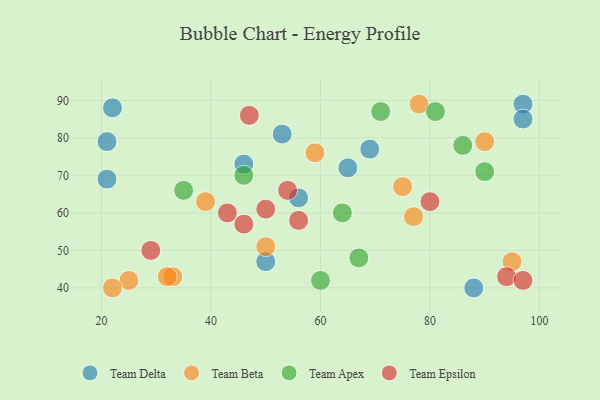
{"axis": {"x": "GDP", "y": "Life Expectancy"}, "legend": ["Team Apex", "Team Beta", "Team Delta", "Team Epsilon"], "data": [{"x": "69", "y": 77, "type": "Team Delta"}, {"x": "53", "y": 81, "type": "Team Delta"}, {"x": "21", "y": 69, "type": "Team Delta"}, {"x": "22", "y": 88, "type": "Team Delta"}, {"x": "97", "y": 89, "type": "Team Delta"}, {"x": "50", "y": 47, "type": "Team Delta"}, {"x": "88", "y": 40, "type": "Team Delta"}, {"x": "65", "y": 72, "type": "Team Delta"}, {"x": "21", "y": 79, "type": "Team Delta"}, {"x": "97", "y": 85, "type": "Team Delta"}, {"x": "46", "y": 73, "type": "Team Delta"}, {"x": "56", "y": 64, "type": "Team Delta"}, {"x": "39", "y": 63, "type": "Team Beta"}, {"x": "50", "y": 51, "type": "Team Beta"}, {"x": "75", "y": 67, "type": "Team Beta"}, {"x": "77", "y": 59, "type": "Team Beta"}, {"x": "25", "y": 42, "type": "Team Beta"}, {"x": "95", "y": 47, "type": "Team Beta"}, {"x": "33", "y": 43, "type": "Team Beta"}, {"x": "59", "y": 76, "type": "Team Beta"}, {"x": "90", "y": 79, "type": "Team Beta"}, {"x": "32", "y": 43, "type": "Team Beta"}, {"x": "22", "y": 40, "type": "Team Beta"}, {"x": "78", "y": 89, "type": "Team Beta"}, {"x": "64", "y": 60, "type": "Team Apex"}, {"x": "60", "y": 42, "type": "Team Apex"}, {"x": "86", "y": 78, "type": "Team Apex"}, {"x": "35", "y": 66, "type": "Team Apex"}, {"x": "46", "y": 70, "type": "Team Apex"}, {"x": "67", "y": 48, "type": "Team Apex"}, {"x": "90", "y": 71, "type": "Team Apex"}, {"x": "81", "y": 87, "type": "Team Apex"}, {"x": "71", "y": 87, "type": "Team Apex"}, {"x": "43", "y": 60, "type": "Team Epsilon"}, {"x": "50", "y": 61, "type": "Team Epsilon"}, {"x": "56", "y": 58, "type": "Team Epsilon"}, {"x": "46", "y": 57, "type": "Team Epsilon"}, {"x": "47", "y": 86, "type": "Team Epsilon"}, {"x": "29", "y": 50, "type": "Team Epsilon"}, {"x": "80", "y": 63, "type": "Team Epsilon"}, {"x": "54", "y": 66, "type": "Team Epsilon"}, {"x": "94", "y": 43, "type": "Team Epsilon"}, {"x": "97", "y": 42, "type": "Team Epsilon"}]}